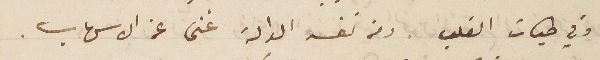
وفي طيات القلب . ومن نفسه الدالة غنى عن الاسهاب.